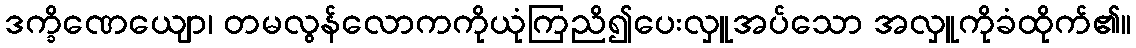
ဒက္ခိဏေယျော၊ တမလွန်လောကကိုယုံကြညိ၍ပေးလှူအပ်သော အလှူကိုခံထိုက်၏။